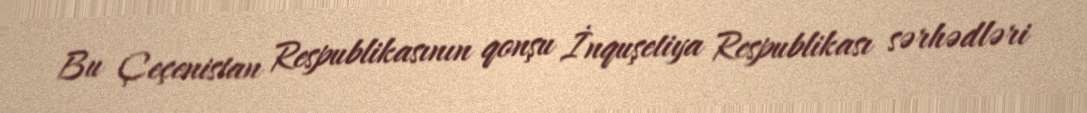
Bu Çeçenistan Respublikasının qonşu İnquşetiya Respublikası sərhədləri